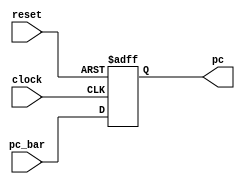
module pc_reg (
  input wire [31:0]pc_bar, 
  input wire clock, reset,
  output reg [31:0]pc
);
  initial pc = 0;
  always @(posedge clock or posedge reset) begin
    if (reset) begin
      pc <= 0;
    end else begin
      pc <= pc_bar;
    end
  end
endmodule